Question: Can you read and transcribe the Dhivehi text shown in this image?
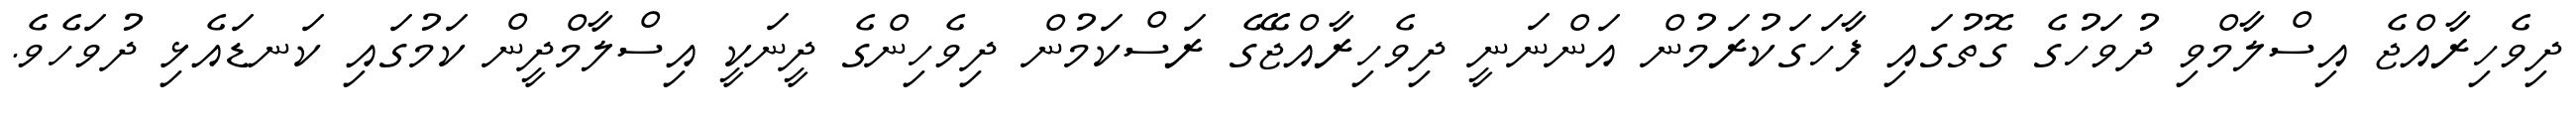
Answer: ދިވެހިރާއްޖެ އިސްލާމްވި ދުވަހުގެ ގޮތުގައި ފާހަގަކުރަމުން އަންނަނީ ދިވެހިރާއްޖޭގެ ރަސްކަމުން ދިވެހިންގެ ދީނަކީ އިސްލާމްދީން ކަމުގައި ކަނޑައެޅި ދުވަހެވެ.